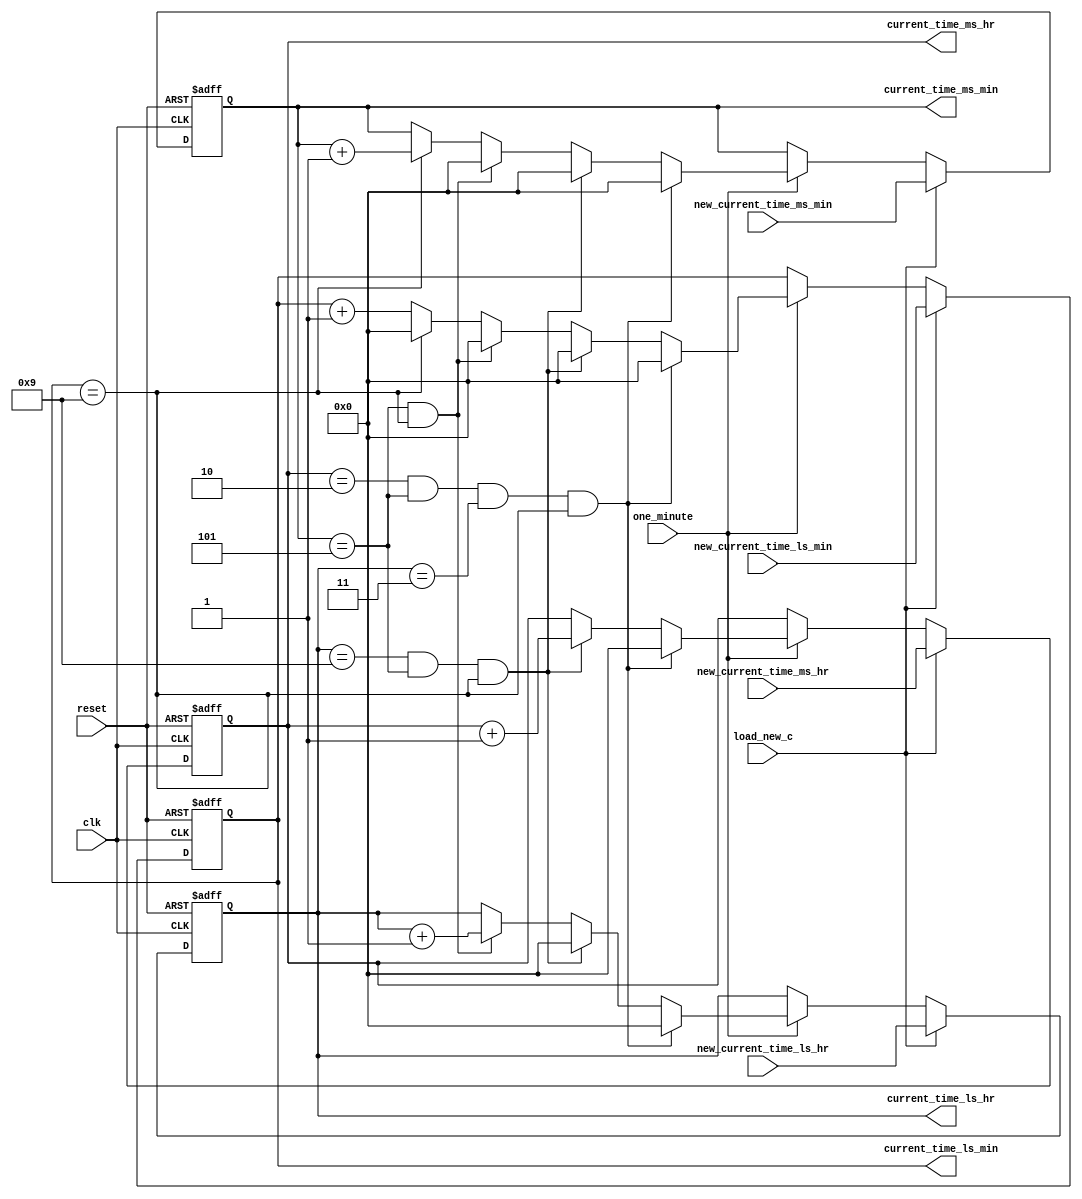
module counter (clk,
	        reset,
		one_minute,
		load_new_c,
		new_current_time_ms_hr,
		new_current_time_ms_min,
		new_current_time_ls_hr,
		new_current_time_ls_min,
		current_time_ms_hr,
		current_time_ms_min,
		current_time_ls_hr,
		current_time_ls_min);
// Define input and output port directions
input clk,
      reset,
      one_minute,
      load_new_c;

input[3:0] new_current_time_ms_hr,
           new_current_time_ms_min,
           new_current_time_ls_hr,
           new_current_time_ls_min;

output [3:0] current_time_ms_hr,
             current_time_ms_min,
             current_time_ls_hr,
             current_time_ls_min;
// Define register to store current time
reg [3:0] current_time_ms_hr,
          current_time_ms_min,
          current_time_ls_hr,
          current_time_ls_min;

// Lodable Binary up synchronous Counter logic                                 /******************************

// Write an always block with asynchronous reset 
always@( posedge clk or posedge reset)                                         
 begin              
    // Check for reset signal and upon reset load the current_time register with default value (1'b0)                                                                                                       
    if(reset)                                                                 
      begin
	current_time_ms_hr  <= 4'd0;                                          
        current_time_ms_min <= 4'd0;                                          
        current_time_ls_hr  <= 4'd0;
        current_time_ls_min <= 4'd0;
       end
    // Else if there is no reset, then check for load_new_c signal and load new_current_time to current_time register
     else if(load_new_c)
       begin                                                                
	 current_time_ms_hr  <= new_current_time_ms_hr;                     //   Corner cases: ms_hr ls_hr :ms_min ls_min
	 current_time_ms_min <= new_current_time_ms_min;                    //              2       3       5       9  -> 00:00
	 current_time_ls_hr  <= new_current_time_ls_hr;                     //              0       9       5       9  -> 10:00
	 current_time_ls_min <= new_current_time_ls_min;                    //              0       0       5       9  -> 01:00
       end                                                                  //              0       0       0       9  -> 00:10
    // Else if there is no load_new_c signal, then check for one_minute signal and implement the counting algorithm
      else if (one_minute == 1)
       begin
    // Check for the corner case
    // If the current_time is 23:59, then the next current_time will be 00:00
        if(current_time_ms_hr == 4'd2 && current_time_ms_min == 4'd5 &&
           current_time_ls_hr == 4'd3 && current_time_ls_min == 4'd9)
           begin
               current_time_ms_hr  <= 4'd0;
   	       current_time_ms_min <= 4'd0;
	       current_time_ls_hr  <= 4'd0;
 	       current_time_ls_min <= 4'd0;
           end
     // Else check if the current_time is 09:59, then the next current_time will be 10:00
         else if(current_time_ls_hr == 4'd9 && current_time_ms_min == 4'd5
                   && current_time_ls_min == 4'd9)
            begin
		current_time_ms_hr <= current_time_ms_hr + 1'd1;
                current_time_ls_hr <= 4'd0;
                current_time_ms_min <= 4'd0;
                current_time_ls_min <= 4'd0;
            end
     // Else check if the time represented by minutes is 59, Increment the LS_HR by 1 and set MS_MIN and LS_MIN to 1'b0
        else if (current_time_ms_min == 4'd5 && current_time_ls_min == 4'd9)
            begin
                current_time_ls_hr <= current_time_ls_hr + 1'd1;
		current_time_ms_min <= 4'd0;
                current_time_ls_min <= 4'd0;
            end
     // Else check if the LS_MIN is equal to 9, Increment the MS_MIN by 1 and set MS_MIN to 1'b0
	 else if(current_time_ls_min == 4'd9)
	    begin
		current_time_ms_min <= current_time_ms_min + 1'd1;
		current_time_ls_min <= 4'd0;
            end
     // Else just increment the LS_MIN by 1
         else
            begin
           	current_time_ls_min <= current_time_ls_min + 1'b1;
            end
       end
    end

endmodule